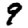
Digit: 9